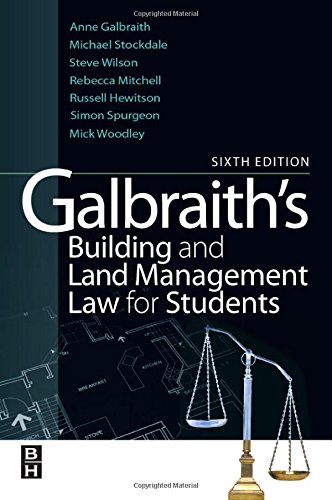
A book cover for Galbraith's Building and Land Management Law for Students; Anne Galbraith; Law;